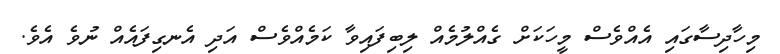
މިހާދިސާގައި އެއްވެސް މީހަކަށް ގެއްލުމެއް ލިބިފައިވާ ކަމެއްވެސް އަދި އެނގިފައެއް ނުވެ އެވެ.